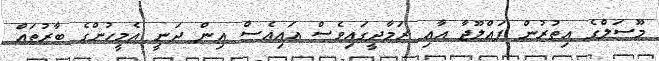
މޫސަލްގެ އިތުރުން ފައްލޫޖާ އާއި ރަމާދީގައިވެސް އައިއެސް އިން ދަނީ އެމީހުންގެ ބާރުތައް